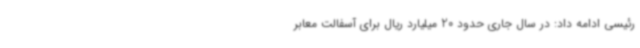
رئیسی ادامه داد: در سال جاری حدود 20 میلیارد ریال برای آسفالت معابر